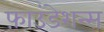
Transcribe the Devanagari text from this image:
फ़ाउंडेशन्स